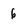
Character: 6